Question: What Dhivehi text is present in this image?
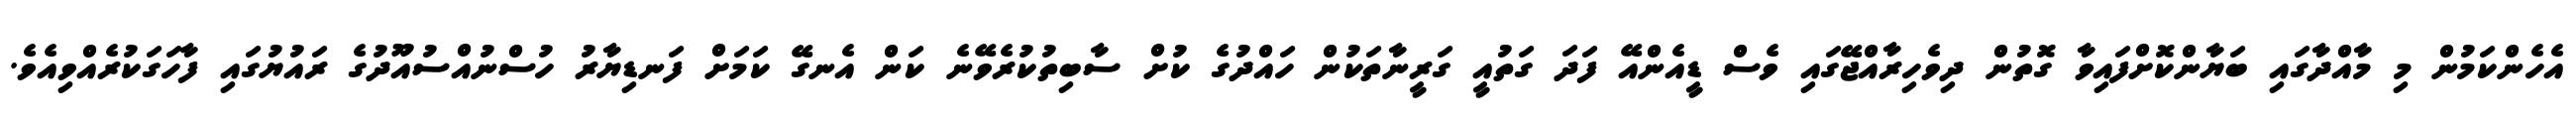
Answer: އެހެންކަމުން މި މާއްދާގައި ބަޔާންކޮށްފައިވާ ގޮތުން ދިވެހިރާއްޖޭގައި ވެސް ޑީއެންއޭ ފަދަ ގަތުއީ ގަރީނާތަކުން ހައްދުގެ ކުށް ސާބިތުކުރެވޭނެ ކަން އެނގޭ ކަމަށް ފަނޑިޔާރު ހުސްނުއްސުއޫދުގެ ރައުޔުގައި ފާހަގަކުރެއްވިއެވެ.